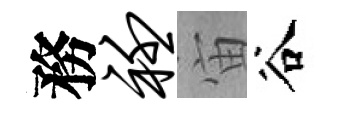
務衽宙谷